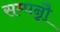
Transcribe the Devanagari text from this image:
सम्पन्नौ